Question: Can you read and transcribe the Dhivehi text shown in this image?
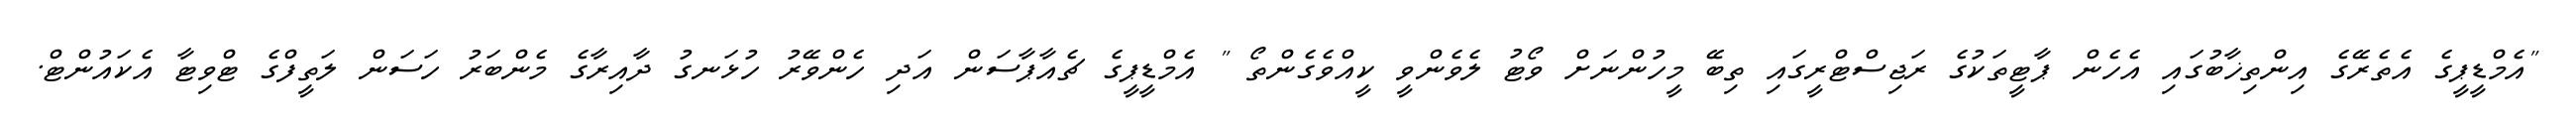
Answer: "އެމްޑީޕީގެ އެތެރޭގެ އިންތިޚާބުގައި އެހެން ޕާޓީތަކުގެ ރަޖިސްޓްރީގައި ތިބޭ މީހުންނަށް ވޯޓު ލެވެންވީ ކީއްވެގެންތޯ " އެމްޑީޕީގެ ޗެއާޕާސަން އަދި ހެންވޭރު ހުޅަނގު ދާއިރާގެ މެންބަރު ހަސަން ލަތީފްގެ ޓްވިޓާ އެކައުންޓް.